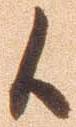
候